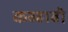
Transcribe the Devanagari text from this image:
कव्हाबी